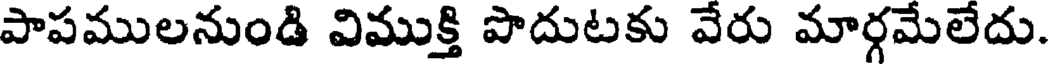
పాపములనుండి విముక్తి పొదుటకు వేరు మార్గమేలేదు.